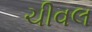
ચીવલ